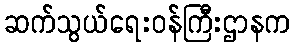
ဆက်သွယ်ရေးဝန်ကြီးဌာနက